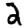
Digit: 2